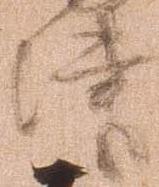
津